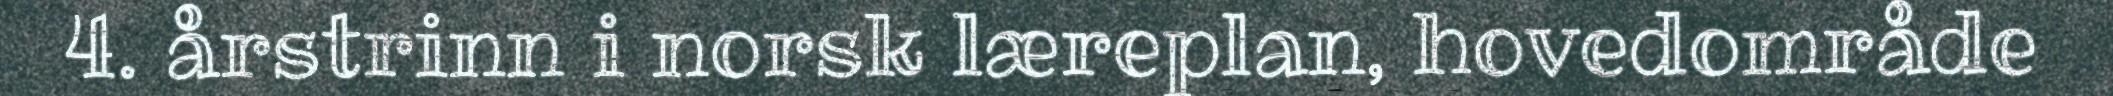
4. årstrinn i norsk læreplan, hovedområde